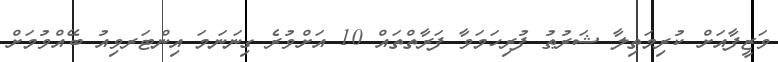
ވަޒީފާއަށް ކުރިމަތިލާ ޝަރުޠު ފުރިހަމަވާ ފަރާތްތައް 10 އަށްވުރެ ގިނަނަމަ އިންޓަރވިއު ބޭއްވުމަށް